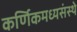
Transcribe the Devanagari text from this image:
कर्णिकमध्यसंस्थे